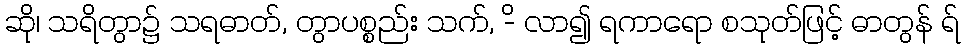
ဆို၊ သရိတွာ၌ သရဓာတ်, တွာပစ္စည်း သက်, -ိ လာ၍ ရကာရော စသုတ်ဖြင့် ဓာတွန် ရ်